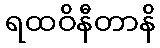
ရထဝိနီတာနိ